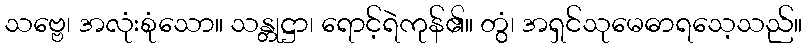
သဗ္ဗေ၊ အလုံးစုံသော။ သန္တုဋ္ဌာ၊ ရောင့်ရဲကုန်၏။ တွံ၊ အရှင်သုမေဓာရသေ့သည်။